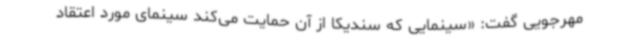
مهرجویی گفت: «سینمایی که سندیکا از آن حمایت می‌کند سینمای مورد اعتقاد